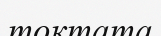
токтата